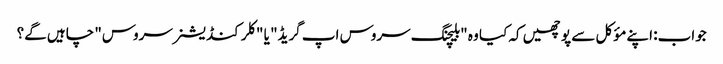
جواب: اپنے مؤکل سے پوچھیں کہ کیا وہ "بلیچنگ سروس اپ گریڈ" یا "کلر کنڈیشنر سروس" چاہیں گے؟